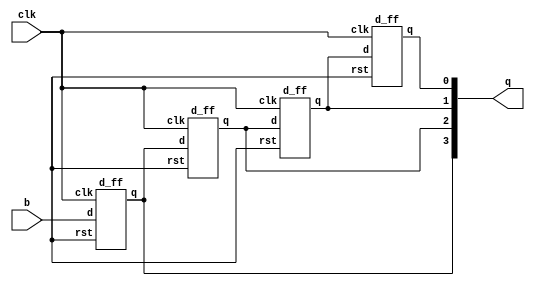
`timescale 1ns / 1ps

module sipo_shift_register_design(input clk,b,output[3:0]q);

d_ff dut1(.clk(clk),.d(b),.q(q[3]),.rst());
d_ff dut2(.clk(clk),.d(q[3]),.q(q[2]),.rst());
d_ff dut3(.clk(clk),.d(q[2]),.q(q[1]),.rst());
d_ff dut4(.clk(clk),.d(q[1]),.q(q[0]),.rst());

endmodule
// d flip flop

module d_ff (
  input clk,    
  input d,      
  input rst,    
  output reg q);

  always @(posedge clk) 
  begin
    if (rst)
      q <= 1'b0;
    else
      q <= d;
  end

endmodule